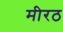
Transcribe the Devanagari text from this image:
मीरठ